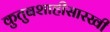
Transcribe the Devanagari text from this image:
कुतुबशाहीसारखी